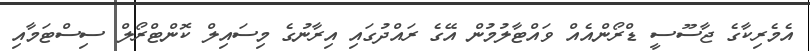
އެމެރިކާގެ ޖާސޫސީ ޑްރޯންއެއް ވައްޓާލުމުން އޭގެ ރައްދުގައި އިރާނުގެ މިސައިލް ކޮންޓްރޯލް ސިސްޓަމާއި